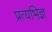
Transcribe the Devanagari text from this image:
प्रत्यभिज्ञ